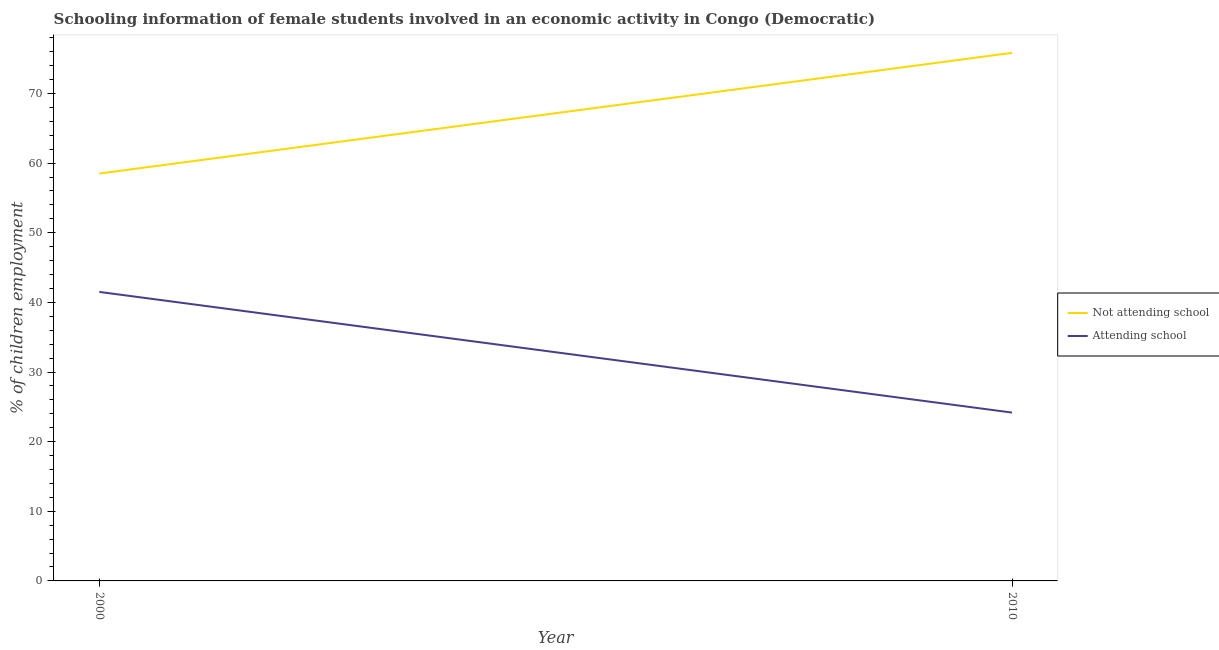
| Year | Not attending school | Attending school |
 | --- | --- | --- |
 | 2000 | 58.5 | 41.5 |
 | 2010 | 75.8 | 24.2 |